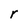
Character: r